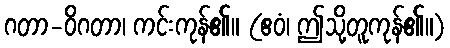
ဂတာ-ဝိဂတာ၊ ကင်းကုန်၏။ (ဧဝံ၊ ဤသို့တူကုန်၏။)